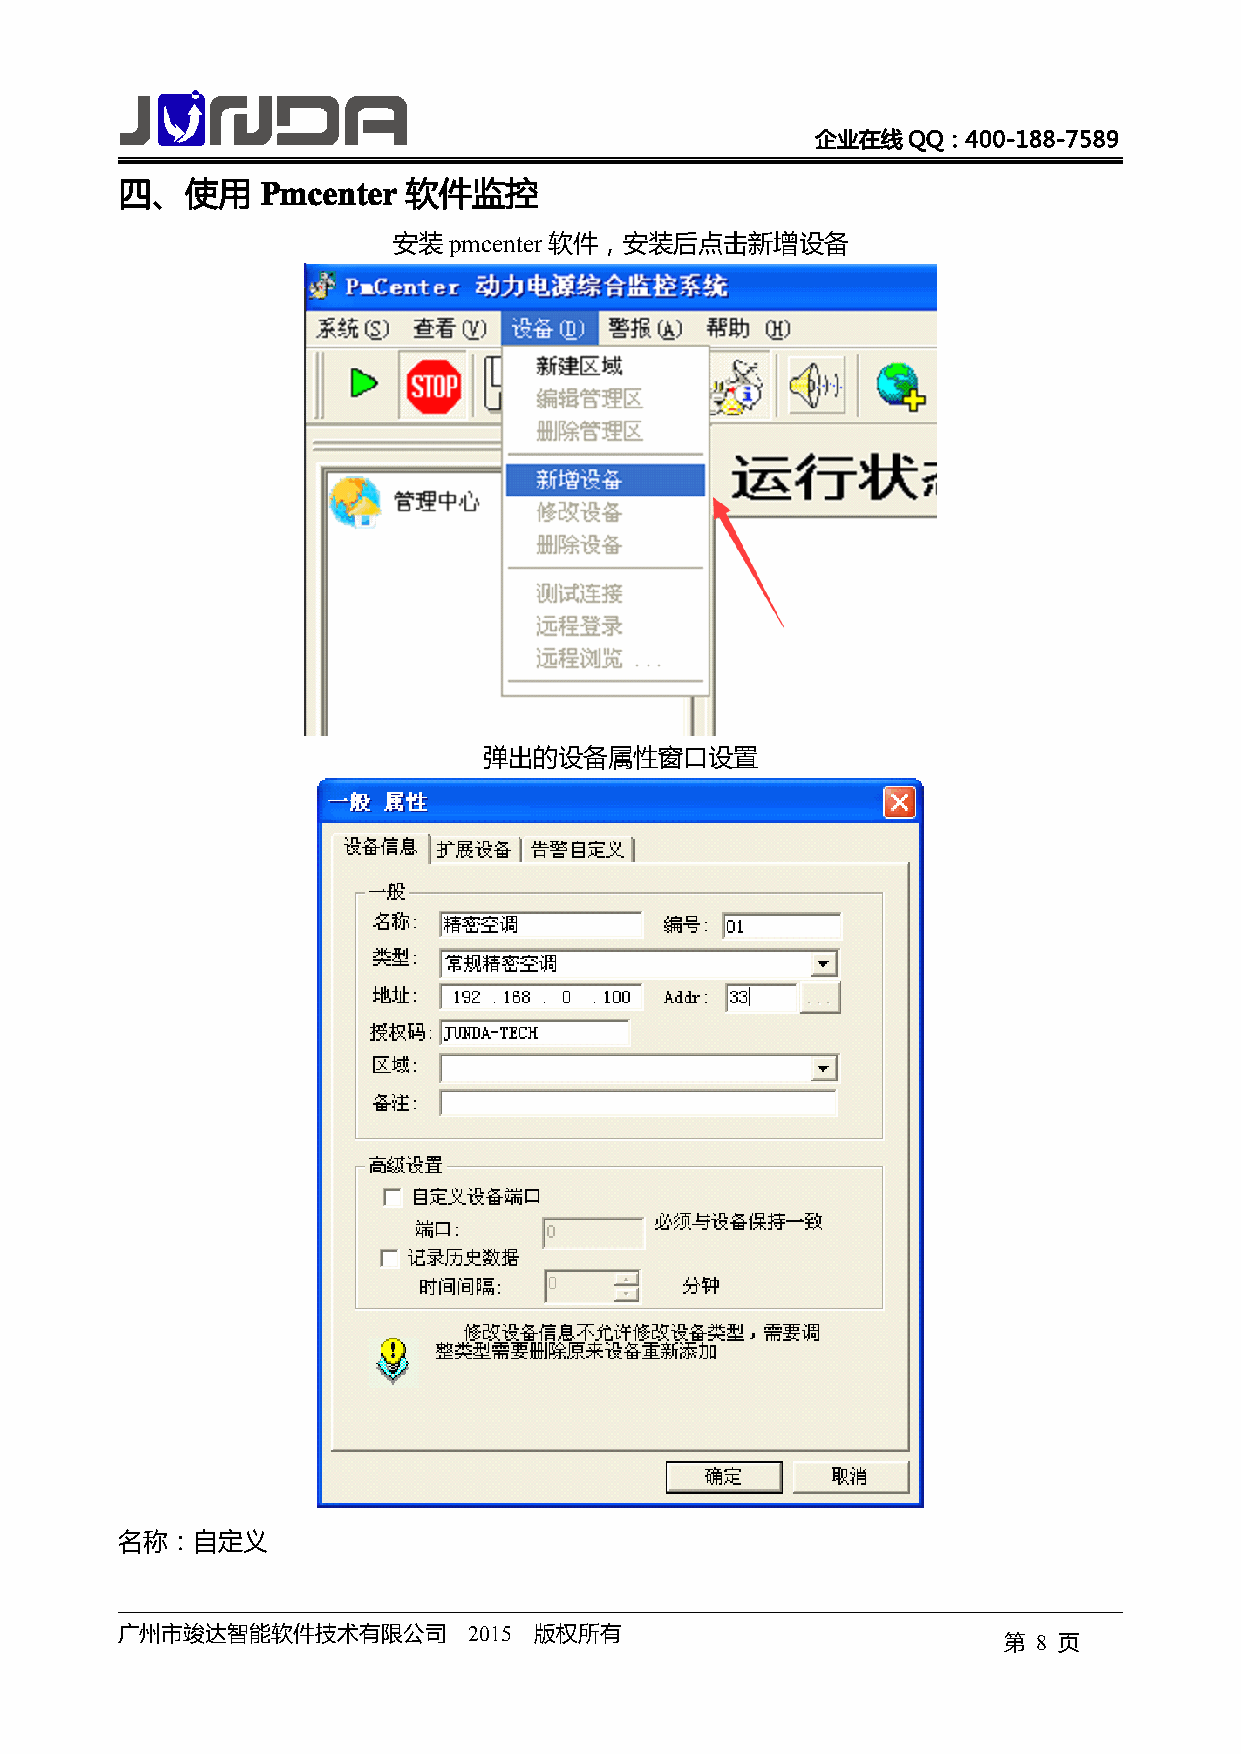
企业在线QQ：400-188-7589
 四、使用     PPPPmmmmcccceeeennnntttteeeerrrr 软件监控
 安装pmcenter 软件，安装后点击新增设备
 弹出的设备属性窗口设置
 名称：自定义
 广州市竣达智能软件技术有限公司        2015 版权所有
 第  8 页